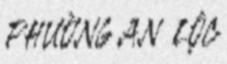
PHƯỜNG AN LỘC